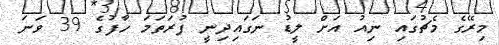
މިރޭގެ މެޗުގައި ނިއު އަށް ލީޑު ނަގައިދިނީ ފުރަތަމަ ހާފުގެ 39 ވަނަ